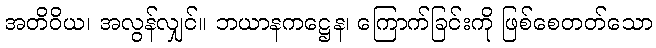
အတိဝိယ၊ အလွန်လျှင်။ ဘယာနကဋ္ဌေန၊ ကြောက်ခြင်းကို ဖြစ်စေတတ်သော